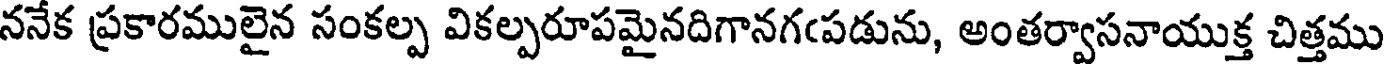
ననేక ప్రకారములైన సంకల్ప వికల్పరూపమైనదిగానగఁపడును, అంతర్వాసనాయుక్త చిత్తము